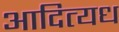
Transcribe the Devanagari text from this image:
आदित्यध